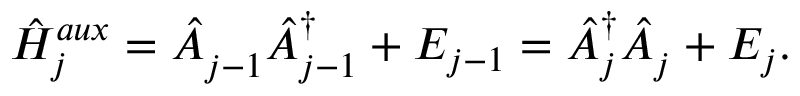
\hat { H } _ { j } ^ { a u x } = \hat { A } _ { j - 1 } ^ { \phantom { \dagger } } \hat { A } _ { j - 1 } ^ { \dagger } + E _ { j - 1 } = \hat { A } _ { j } ^ { \dagger } \hat { A } _ { j } ^ { \phantom { \dagger } } + E _ { j } .